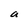
Character: a